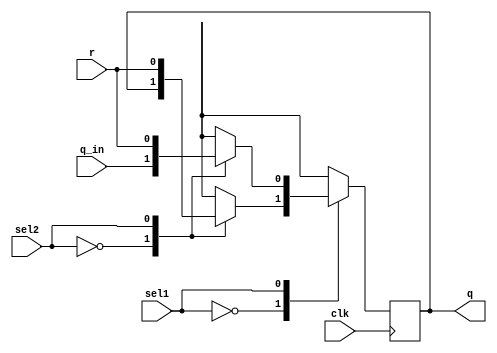
`timescale 1ns / 1ps

module ff_a_2m(
input clk,
input sel1,
input sel2,
input r,
input q_in,
output reg q
    );

    always @ (posedge clk) begin
case(sel1)
    1'b0: begin
        case (sel2)
            1'b0 : q <= q;
            1'b1 : q <= r;
        endcase
  end
  
  1'b1:begin
    case (sel2)
        1'b0 : q <= q_in;
        1'b1 : q <= r;
    endcase
    
  end
  
  endcase
    end


endmodule